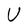
Character: U